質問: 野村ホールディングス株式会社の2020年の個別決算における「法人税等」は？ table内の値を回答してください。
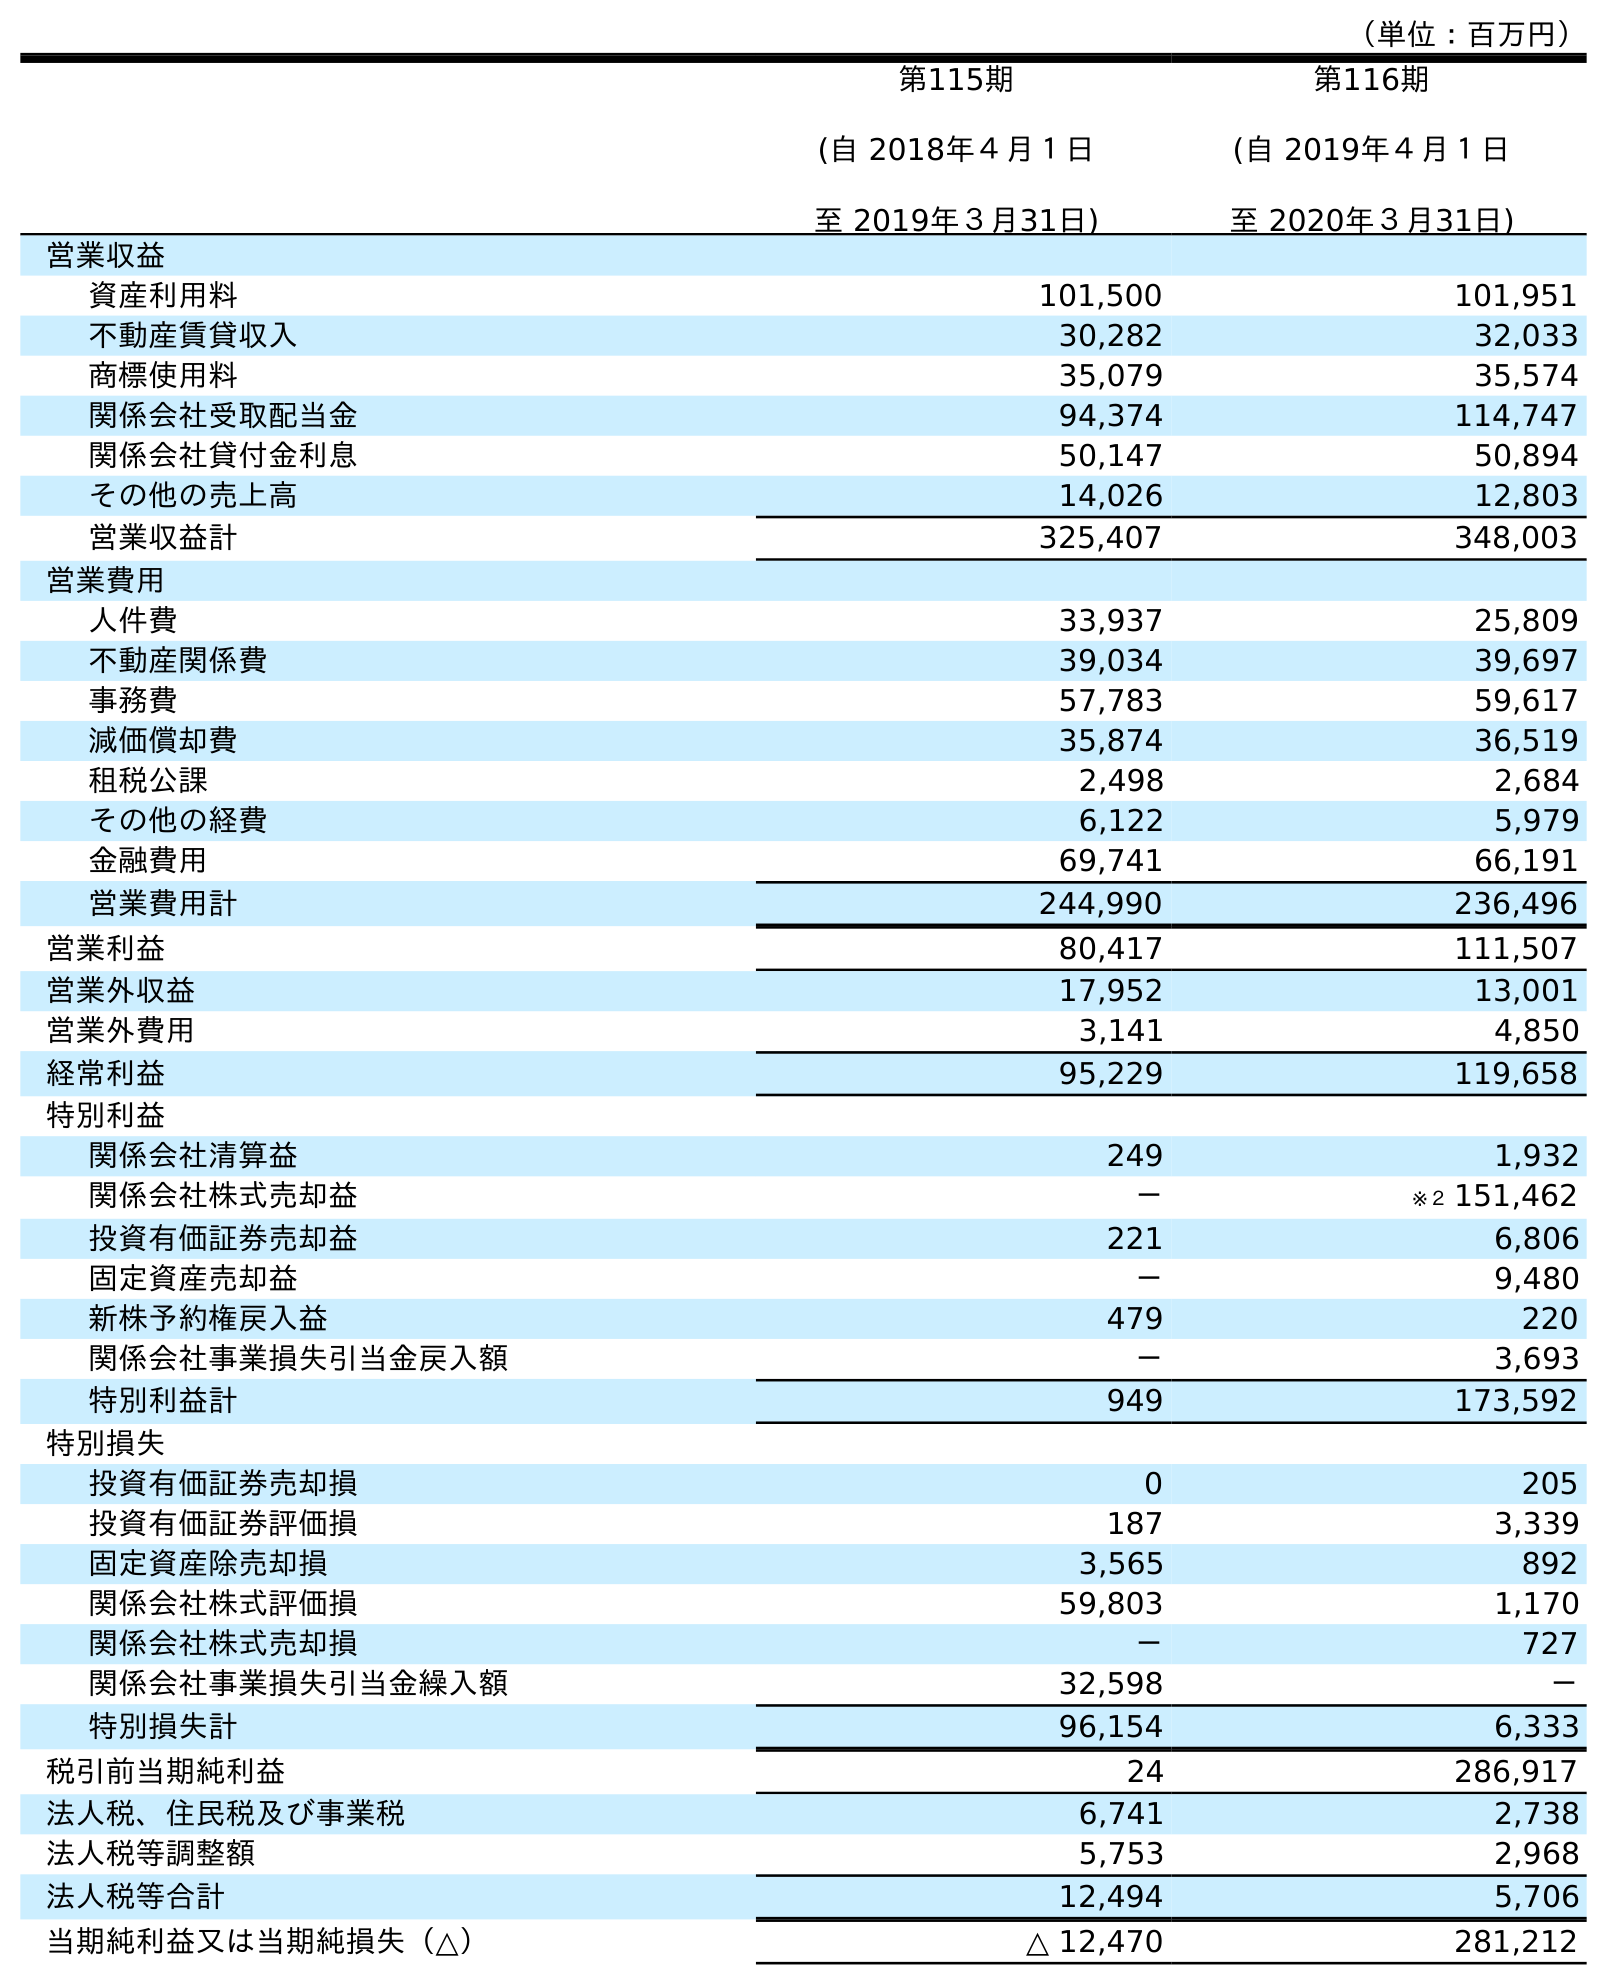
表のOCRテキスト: （単位：百万円） 第115期 (自 2018年４月１日 至 2019年３月31日) 第116期 (自 2019年４月１日 至 2020年３月31日) 営業収益 資産利用料 101,500 101,951 不動産賃貸収入 30,282 32,033 商標使用料 35,079 35,574 関係会社受取配当金 94,374 114,747 関係会社貸付金利息 50,147 50,894 その他の売上高 14,026 12,803 営業収益計 325,407 348,003 営業費用 人件費 33,937 25,809 不動産関係費 39,034 39,697 事務費 57,783 59,617 減価償却費 35,874 36,519 租税公課 2,498 2,684 その他の経費 6,122 5,979 金融費用 69,741 66,191 営業費用計 244,990 236,496 営業利益 80,417 111,507 営業外収益 17,952 13,001 営業外費用 3,141 4,850 経常利益 95,229 119,658 特別利益 関係会社清算益 249 1,932 関係会社株式売却益 － ※２ 151,462 投資有価証券売却益 221 6,806 固定資産売却益 － 9,480 新株予約権戻入益 479 220 関係会社事業損失引当金戻入額 － 3,693 特別利益計 949 173,592 特別損失 投資有価証券売却損 0 205 投資有価証券評価損 187 3,339 固定資産除売却損 3,565 892 関係会社株式評価損 59,803 1,170 関係会社株式売却損 － 727 関係会社事業損失引当金繰入額 32,598 － 特別損失計 96,154 6,333 税引前当期純利益 24 286,917 法人税、住民税及び事業税 6,741 2,738 法人税等調整額 5,753 2,968 法人税等合計 12,494 5,706 当期純利益又は当期純損失（△） △ 12,470 281,212
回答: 5,706